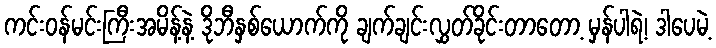
ကင်းဝန်မင်းကြီးအမိန့်နဲ့ ဒိုဘီနှစ်ယောက်ကို ချက်ချင်းလွှတ်ခိုင်းတာတော့ မှန်ပါရဲ့၊ ဒါပေမဲ့